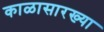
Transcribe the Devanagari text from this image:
काळासारख्या